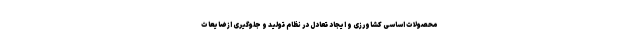
محصولات اساسی کشاورزی و ایجاد تعادل در نظام تولید و جلوگیری از ضایعات